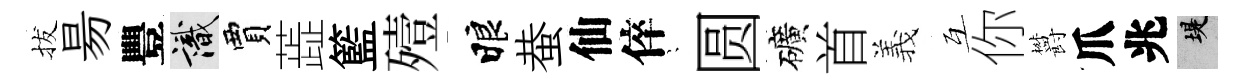
拔昜豐識賈蕋籃殪睱蛬仙倅隠圆礦首義互你欝爪兆堤